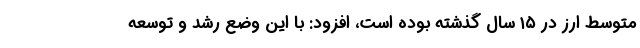
متوسط ارز در ۱۵ سال گذشته بوده است، افزود: با این وضع رشد و توسعه